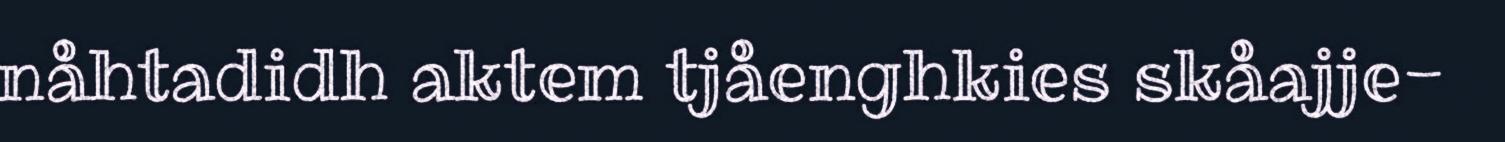
nåhtadidh aktem tjåenghkies skåajje-